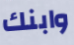
وابنك